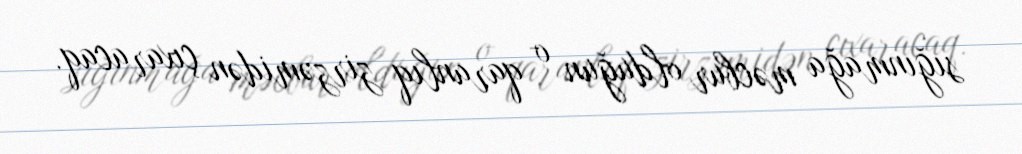
sığınmağa məcbur olduğun o qaranlıq zirzəmidən çıxaracaq.